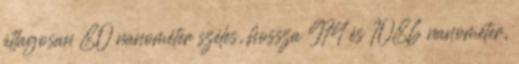
átlagosan 80 nanométer széles, hossza 974 és 1086 nanométer,